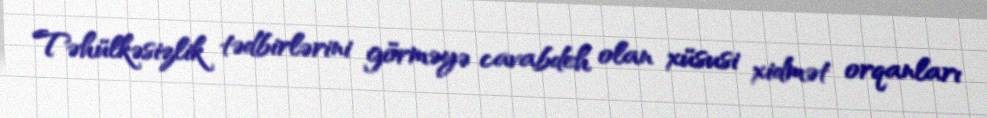
Təhülkəsizlik tədbirlərini görməyə cavabdeh olan xüsusi xidmət orqanları